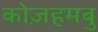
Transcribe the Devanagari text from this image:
कोज़हमबु